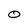
Character: 0